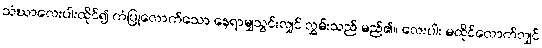
သံဃာလေးပါးထိုင်၍ ကံပြုလောက်သော နေရာမျှသွင်းလျှင် လွှမ်းသည် မည်၏။ လေးပါး မထိုင်လောက်လျှင်